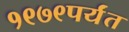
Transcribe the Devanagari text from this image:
१९७९पर्यंत